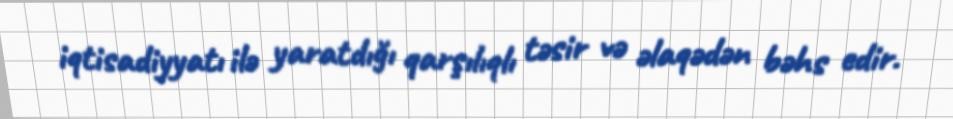
iqtisadiyyatı ilə yaratdığı qarşılıqlı təsir və əlaqədən bəhs edir.